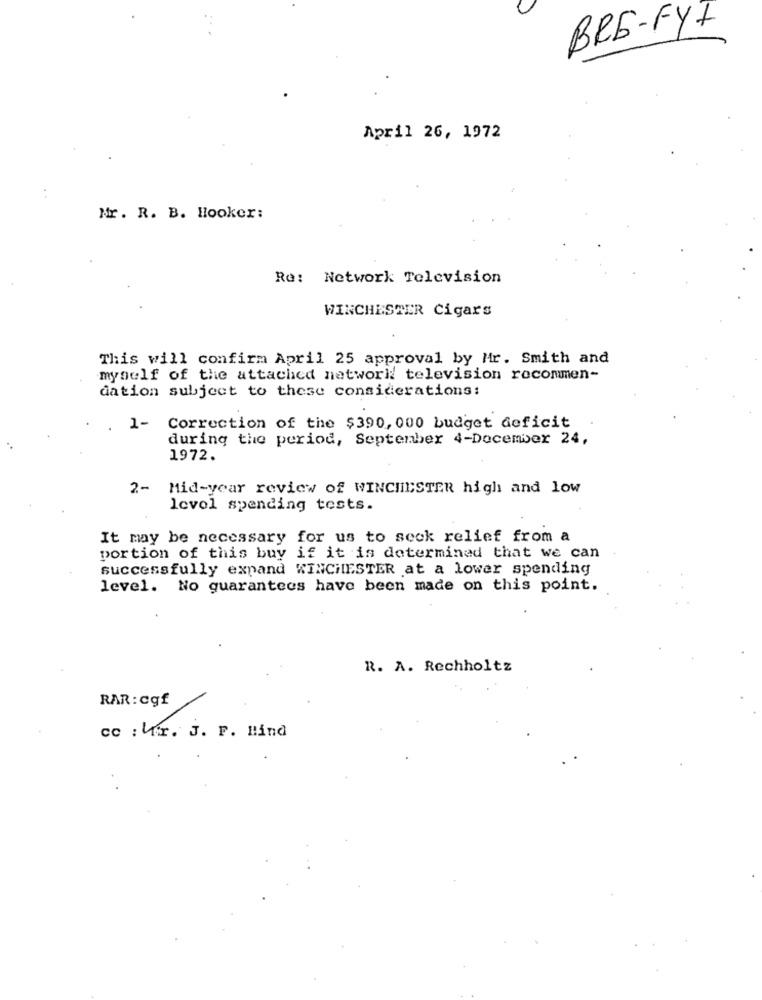
BRE-FY7
April 26, 1972
Nr. R. B. Hooker:
Re: Network Television
WINCHESTER Cigars
This will confirm April 25 approval by Mr. Smith and
myself of the attached network television recommen-
dation subject to these considerations:
1- Correction of the $390, 000 budget deficit
during the period, September 4-December 24,
1972.
2- Mid-year review of WINCHESTER high and low
levol spending tests.
It may be necessary for us to seck relief from a
portion of this buy if it is determined that we can
successfully expand WINCHESTER at a lower spending
level. No guarantees have been made on this point.
R. A. Rechholtz
RAR : cgf
cc : Kr. J. F. Hind